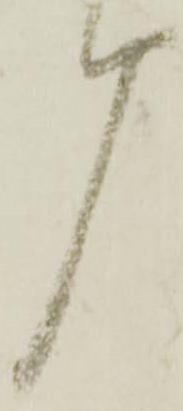
言